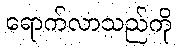
ရောက်လာသည်ကို